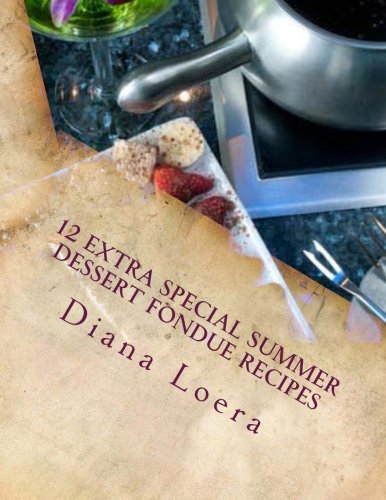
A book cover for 12 Extra Special Summer Dessert Fondue Recipes; Diana Loera; Cookbooks, Food & Wine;